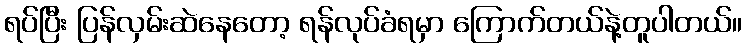
ရပ်ပြီး ပြန်လှမ်းဆဲနေတော့ ရန်လုပ်ခံရမှာ ကြောက်တယ်နဲ့တူပါတယ်။